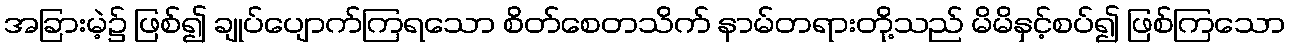
အခြားမဲ့၌ ဖြစ်၍ ချုပ်ပျောက်ကြရသော စိတ်စေတသိက် နာမ်တရားတို့သည် မိမိနှင့်စပ်၍ ဖြစ်ကြသော